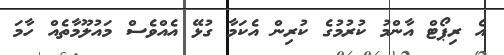
އެ ރިޕޯޓް އާންމު ކުރުމުގެ ކުރިން އެކަމާ ގުޅޭ އެއްވެސް މައުލޫމާތެއް ހާމަ